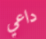
داعي